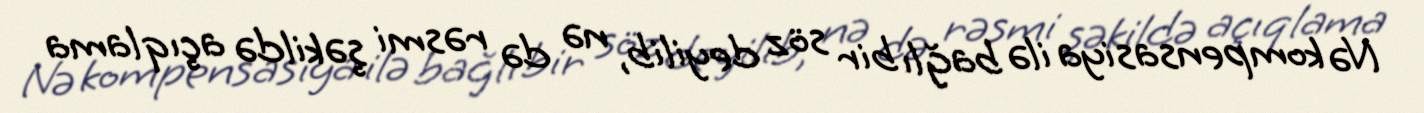
Nə kompensasiya ilə bağlı bir söz deyilib, nə də rəsmi şəkildə açıqlama